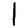
Digit: 1